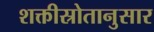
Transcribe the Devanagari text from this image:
शक्तीस्रोतानुसार